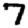
Digit: 7